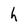
Character: h